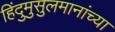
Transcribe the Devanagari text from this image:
हिंदुमुसुलमानांच्या